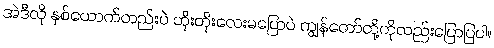
အဲဒီလို နှစ်ယောက်တည်းပဲ တိုးတိုးလေးမပြောပဲ ကျွန်တော်တို့ကိုလည်းပြောပြပါ။